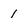
Character: 1